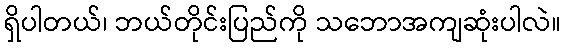
ရှိပါတယ်၊ ဘယ်တိုင်းပြည်ကို သဘောအကျဆုံးပါလဲ။